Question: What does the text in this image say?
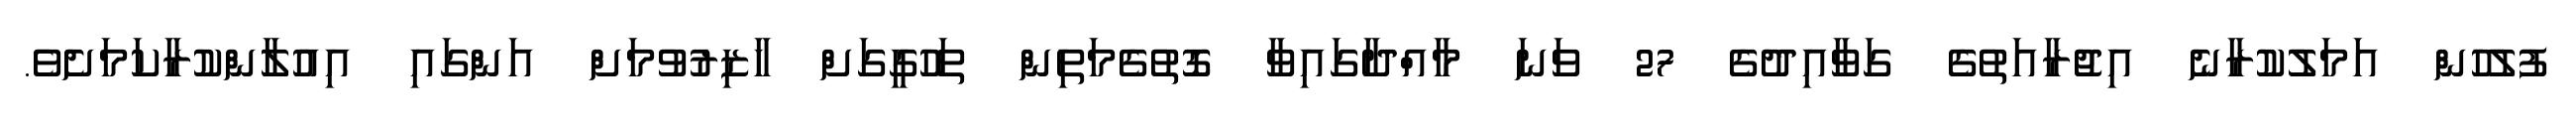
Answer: ފުލުހުން އަމަލުކުރާނެ އިޖުރާއަތުގެ ގަވާއިދުގެ 27 ވަނަ މާއްދާގައިވާ ގޮތުގެމަތިން ތަހުގީގަށް ހާޒިރުވުމަށް އަންގައި އިއުލާންކުރާކަމަށެވެ.